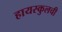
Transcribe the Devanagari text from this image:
हायस्कुलची